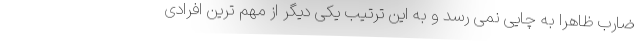
ضارب ظاهرا به چایی نمی رسد و به این ترتیب یکی دیگر از مهم ترین افرادی